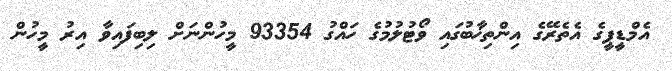
އެމްޑީޕީގެ އެތެރޭގެ އިންތިޚާބުގައި ވޯޓުލުމުގެ ހައްގު 93354 މީހުންނަށް ލިބިފައިވާ އިރު މީހުން